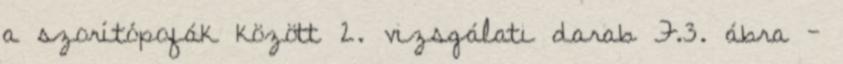
a szorítópofák között 2. vizsgálati darab F.3. ábra -